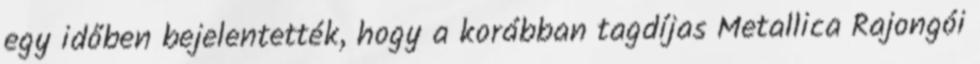
egy időben bejelentették, hogy a korábban tagdíjas Metallica Rajongói